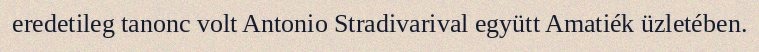
eredetileg tanonc volt Antonio Stradivarival együtt Amatiék üzletében.